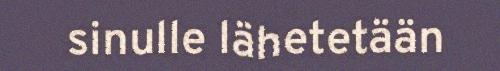
sinulle lähetetään